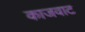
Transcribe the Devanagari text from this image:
काजवाट